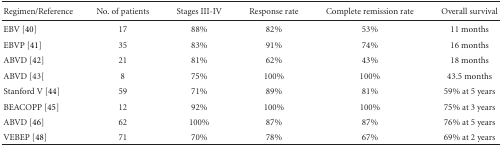
| Regimen/Reference | no. of patients | Stages III-IV | Response rate | Complete remission rate | Overall survival |
 | --- | --- | --- | --- | --- | --- |
 | EBV [40] | 17 | 88% | 82% | 53% | 11 months |
 | EBVP [41] | 35 | 83% | 91% | 74% | 16 months |
 | ABVD [42] | 21 | 81% | 62% | 43% | 18 months |
 | ABVD [43[ | 8 | 75% | 100% | 100% | 43.5 months |
 | Stanford V [44] | 59 | 71% | 89% | 81% | 59% at 5 years |
 | BEACOPP [45] | 12 | 92% | 100% | 100% | 75% at 3 years |
 | ABVD [46] | 62 | 100% | 87% | 87% | 76% at 5 years |
 | VEBEP [48] | 71 | 70% | 78% | 67% | 69% at 2 years |